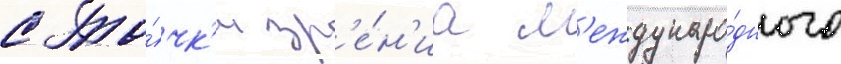
с то́чк'и зр'е́н'иа м'еждунаро́дного